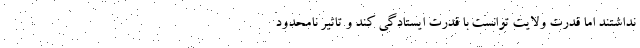
نداشتند اما قدرت ولایت توانست با قدرت ایستادگی کند و تاثیر نامحدود